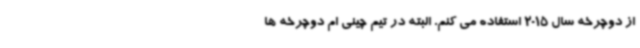
از دوچرخه سال 2015 استفاده می کنم. البته در تیم چینی ام دوچرخه ها